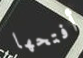
أفتحها